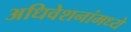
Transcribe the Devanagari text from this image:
अधिवेशनांमध्ये